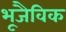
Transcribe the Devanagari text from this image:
भूजैविक